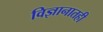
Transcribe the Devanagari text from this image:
विज्ञानातही